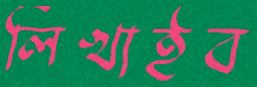
লিখাইব